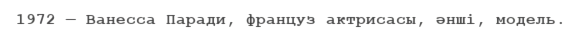
1972 — Ванесса Паради, француз актрисасы, әнші, модель.